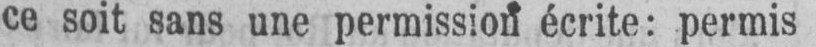
ce soit sans une permission écrite: permis